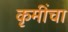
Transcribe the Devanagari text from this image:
कृमींचा